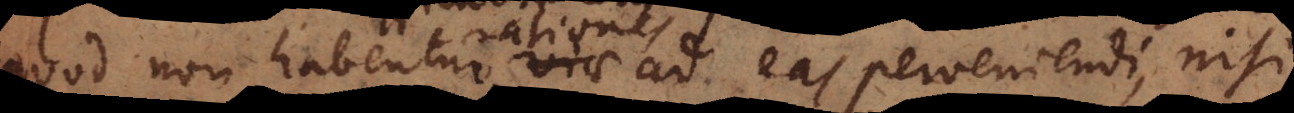
quod non habentur rationes ad eas perveniendi, nisi